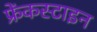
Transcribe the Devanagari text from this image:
फ्रेंकस्टाइन